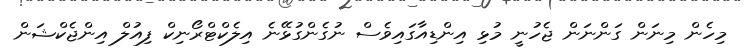
މިހެން މިނަން ގަންނަން ޖެހުނީ މުޅި އިންޑިއާގައިވެސް ނުގެންގުޅޭނެ އިލެކްޓްރޯނިކް ފިއުލް އިންޖެކްޝަން